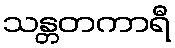
သန္တတကာရီ